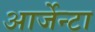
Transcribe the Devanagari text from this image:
आर्जेन्टा